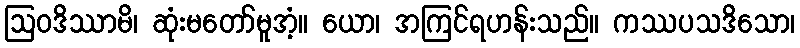
ဩဝဒိဿာမိ၊ ဆုံးမတော်မူအံ့။ ယော၊ အကြင်ရဟန်းသည်။ ကဿပသဒိသော၊